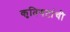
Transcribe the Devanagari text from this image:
कृतिगटांची